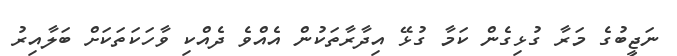
ނަޖީބުގެ މަރާ ގުޅިގެން ކަމާ ގުޅޭ އިދާރާތަކުން އެއްވެ ދެއްކި ވާހަކަތަކަށް ބަލާއިރު